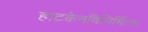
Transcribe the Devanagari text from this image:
हाटकेनविनिर्मितम